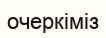
очеркіміз